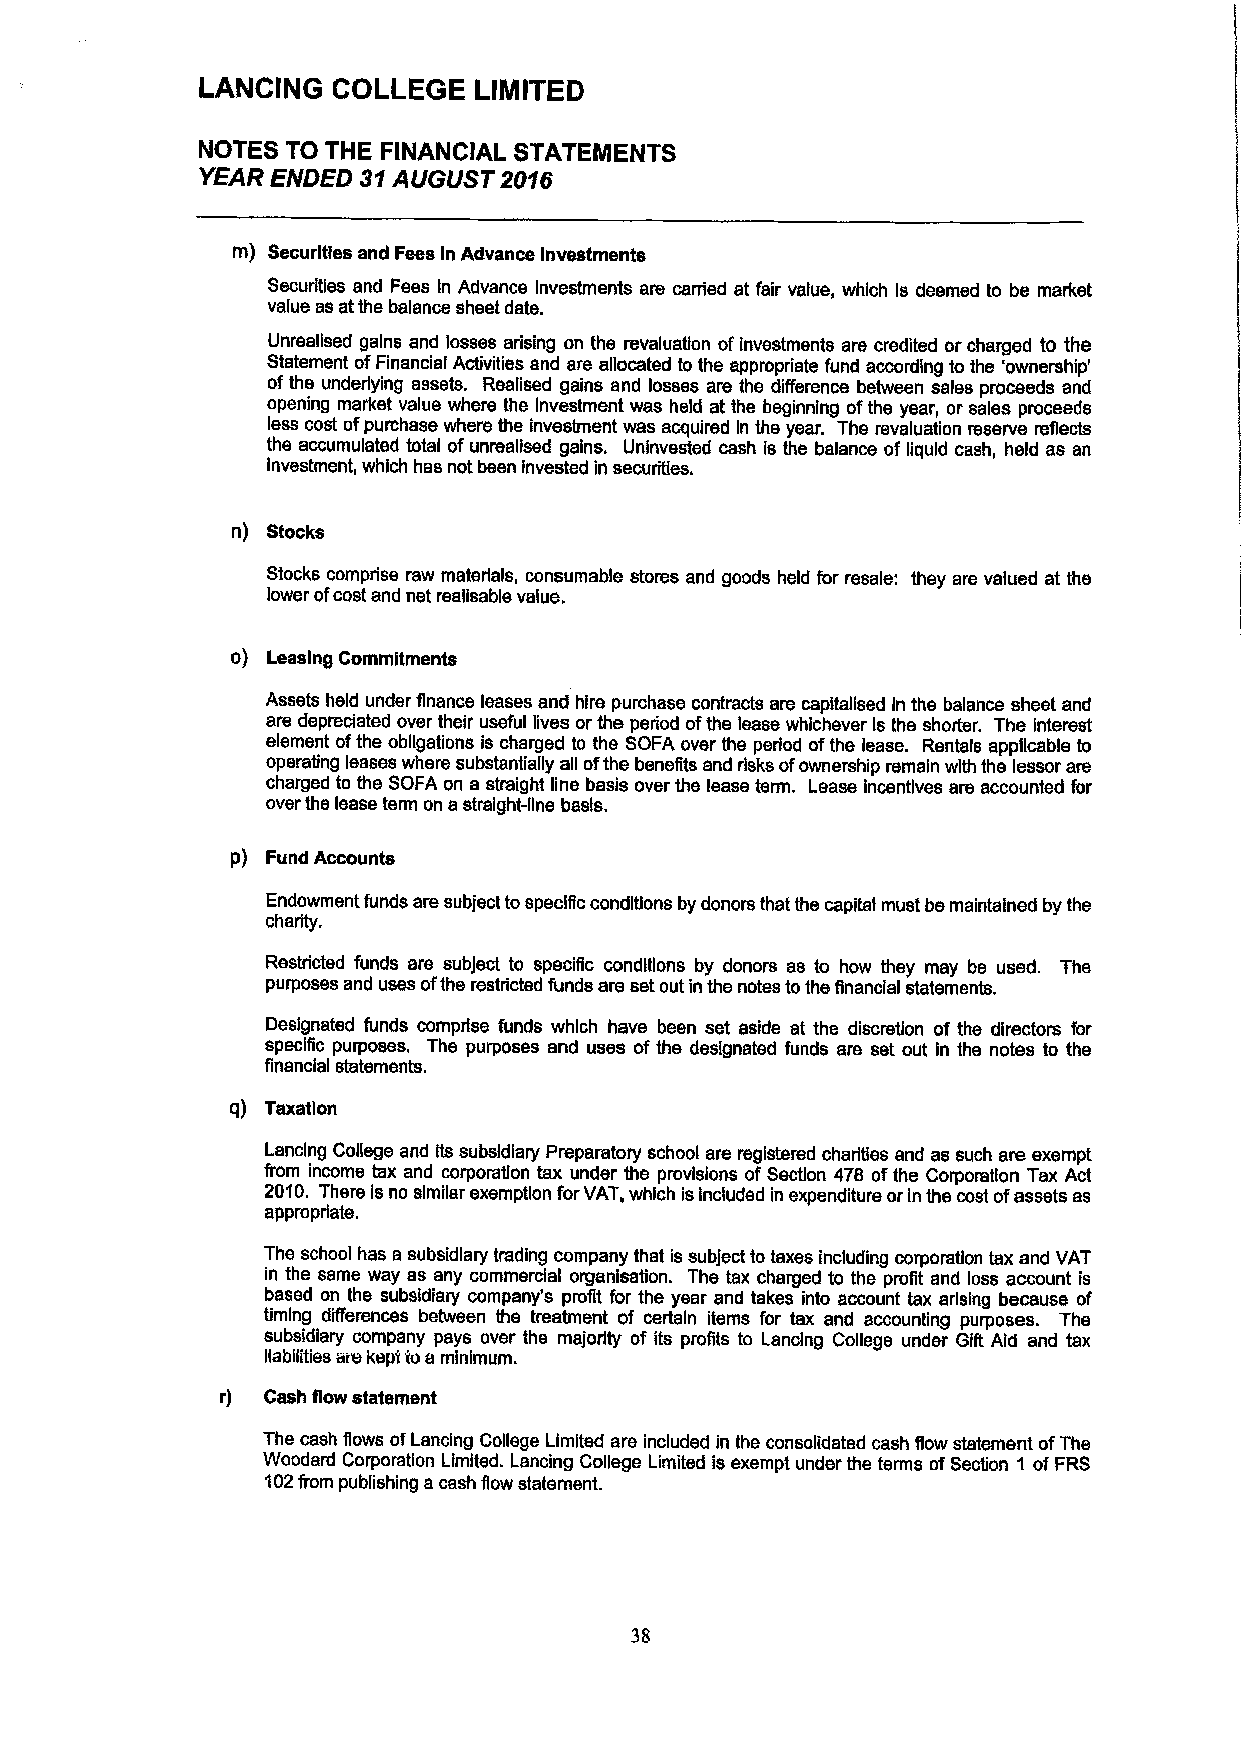
LANCING  COLLEGE  LIMITED
 NOTES TO THE FINANClAL STATEMENTS
 YEAR ENDED 31AUGUST 2016
 m) Securities and Fees In Advance Investments
 Securities and Fees In Advance investments are carried at fair value, which ls deemed to be market
 value as atthe balance sheet date.
 Unrealised gains and losses arising on the revaluation ofinvestments are credited or charged to the
 Statement ofFinancial Activities and are allocated to the appropriate fund according to the 'ownership'
 ofthe underlying assets. Realised gains and losses are the difference between sales proceeds and
 opening market value where the investment was held at the beginning ofthe year, or sales proceeds
 less cost ofpurchase where the invesiment was acquired in the year. The revaluation reserve reflects
 the accumulated total of unrealised gains. Uninvested cash is the balance of liquid cash, held as an
 Investment, which has not been invested in securities.
 n) Stocks
 Stocks comprise raw materials, consumable stores and goods held for resale: they are valued at the
 lower ofcost and net realisable value,
 o) Leasing Commitments
 Assets held under finance leases and hire purchase contracts are capitalised in the balance sheet and
 are depreciated over their useful lives or the period ofthe lease whichever Isthe shorter. The Interest
 element ofthe obligations is charged to the SOFA over the period ofthe lease. Rentals applicable to
 operating leases where substantially all ofthe beneiits and risks ofownership remain with the lessor are
 charged to the SOFA on a straight line basis over the lease term. Lease incentives are accounted for
 over the lease tenn on astraight-line basis.
 p) Fund Accounts
 Endowment funds are subject tospecific conditions by donors that the capital must be maintained by the
 charity,
 Restricted funds are subJect to speciflc conditions by donors as to how they may be used. The
 purposes and uses ofthe restricted funds are set out in the notes tothe financial statements.
 Designated funds comprise funds which have been set aside at the discretion of the directors for
 specific purposes. The purposes and uses of the designated funds are set out in the notes to the
 financial statements.
 q) Taxatlon
 Lancing College and Its subsidiary Preparatory school are registered charities and as such are exempt
 from income tax and corporation tax under the provisions of Section 478 ofthe Corporation Tax Act
 2010. There is no similar exemption forVAT, which isincluded in expenditure orin the cost ofassets as
 appropriate.
 The school has a subsidiary trading company that is subject totaxes including corporation tax and VAT
 in the same way as any commercial organisation. The tax charged to the profi and loss account is
 based on the subsidiary company's protit for the year and takes into account tax arising because of
 timing differences between the treatment of certain items for tax and accounting purposes. The
 subsidiary company pays over the rnajorlty of its profits to Lancing College under Gift Aid and tax
 liabilities are kepi toa minimum.
 Cash flow statement
 The cash flows ofLancing College Limited are included in the consolidated cash flow statement ofThe
 Woodard Corporation Limited. Lancing College Limited is exempt under the terms ofSection 1 ofFRS
 102from publishing acash flow statement.
 38